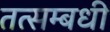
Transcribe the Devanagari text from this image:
तत्सम्बधी